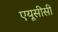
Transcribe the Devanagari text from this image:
एयूसीसी